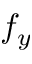
f _ { y }